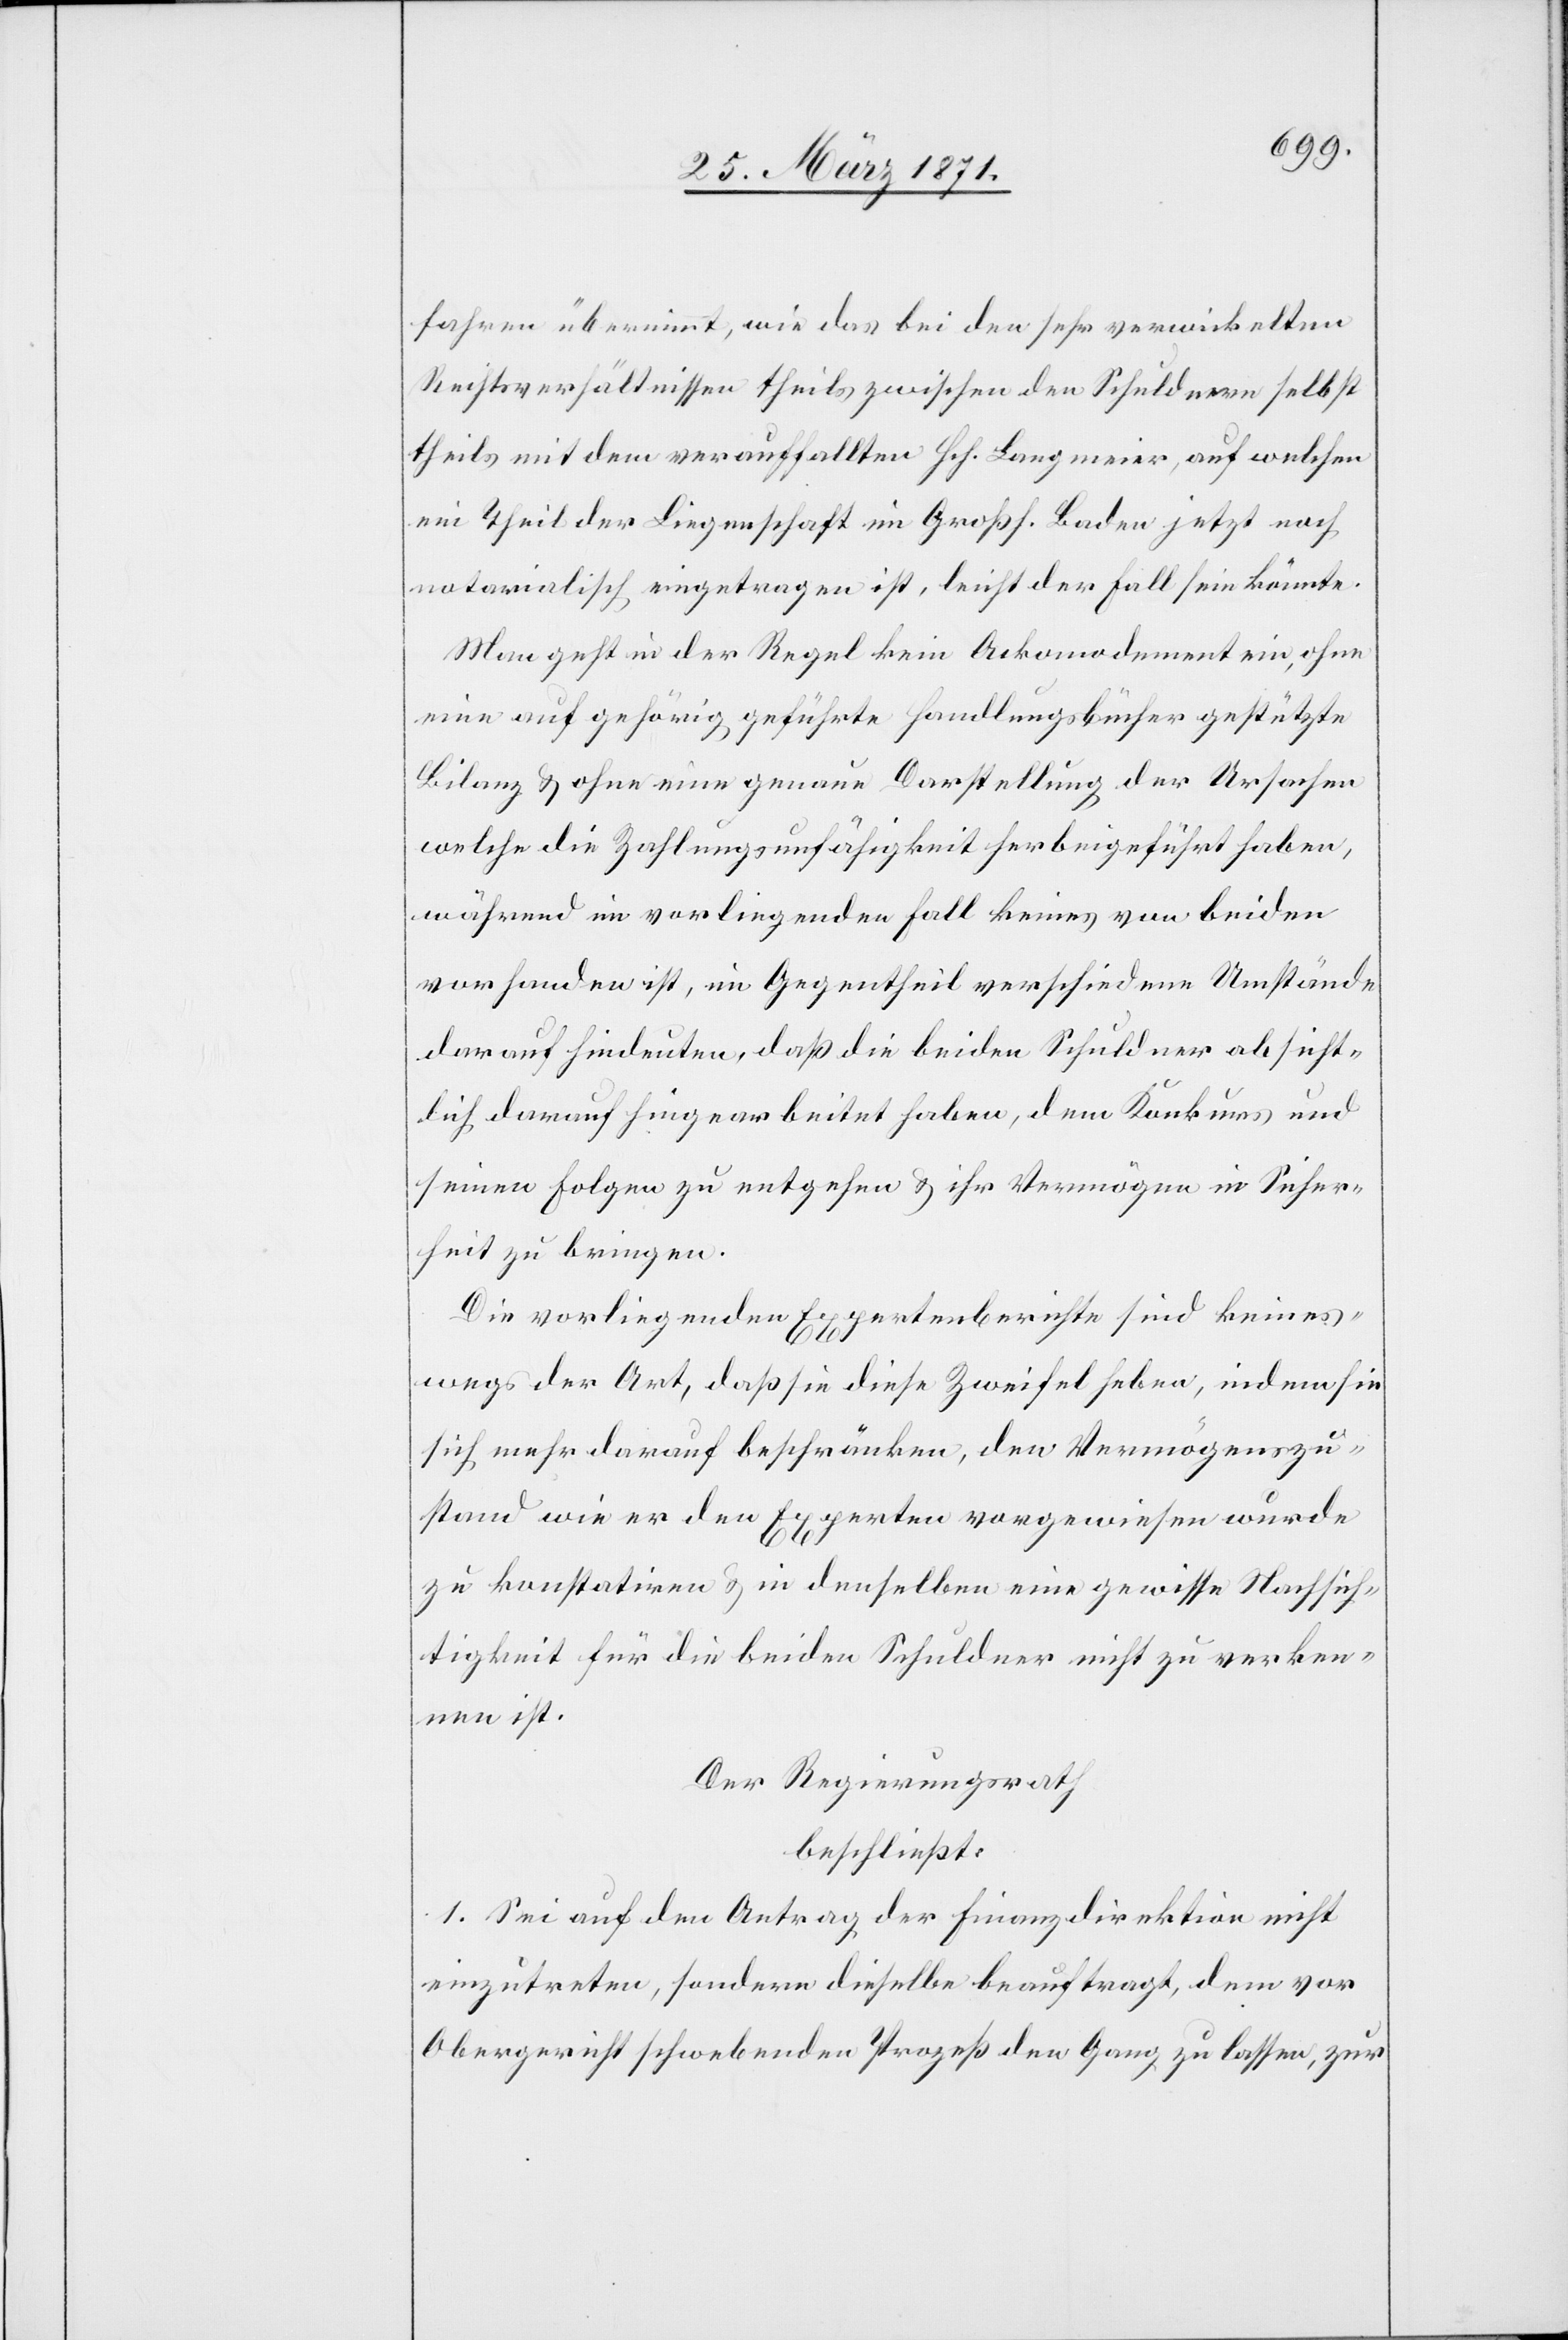
fahren übernimmt, wie das bei den sehr verwickelten
Rechtsverhältnissen theils zwischen den Schuldnern selbst
theils mit dem verauffallten Hch. Langmeier, auf welchen
ein Theil der Liegenschaft im Großh. Baden jetzt noch
notarialisch eingetragen ist, leicht der Fall sein könnte.
Man geht in der Regel kein Ackomodement ein, ohne
eine auf gehörig geführte Handlungsbücher gestützte
Bilanz u. ohne eine genaue Darstellung der Ursachen
welche die Zahlungsunfähigkeit herbeigeführt haben,
während im vorliegenden Fall keines von beiden
vorhanden ist, im Gegentheil verschiedene Umstände
darauf hindeuten, daß die beiden Schuldner absicht¬
lich darauf hingearbeitet haben, dem Konkurs und
seinen Folgen zu entgehen u. ihr Vermögen in Sicher¬
heit zu bringen.
Die vorliegenden Expertenberichte sind keines¬
wegs der Art, daß sie diese Zweifel haben, indem sie
sich mehr darauf beschränken, den Vermögenszu¬
stand wie er den Experten vorgewiesen wurde
zu konstatiren u. denselben eine gewisse Nachsich¬
tigkeit für die beiden Schuldner nicht zu verken¬
nen ist.
Der Regierungsrath
beschließt:
1. Sei auf den Antrag der Finanzdirektion nicht
einzutreten, sondern dieselbe beauftragt, dem vor
Obergericht schwebenden Prozeß den Gang zu lassen, zur